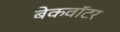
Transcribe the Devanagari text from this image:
बेकवॉटर